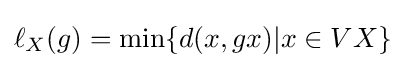
\ell _{X}(g)=\min\{d(x,gx)|x\in VX\}